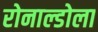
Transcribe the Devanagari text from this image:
रोनाल्डोला